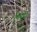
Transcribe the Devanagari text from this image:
निसी